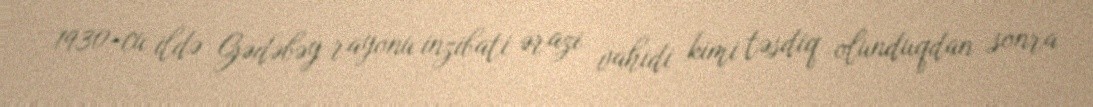
1930-cu ildə Gədəbəy rayonu inzibati ərazi vahidi kimi təsdiq olunduqdan sonra